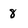
Character: 8